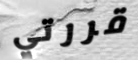
قررتي